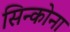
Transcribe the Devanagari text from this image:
सिन्कोना